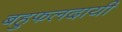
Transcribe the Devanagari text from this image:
बहुफलदायी